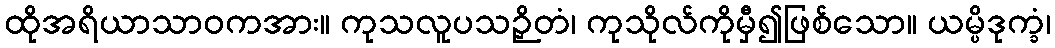
ထိုအရိယာသာဝကအား။ ကုသလူပသဉှိတံ၊ ကုသိုလ်ကိုမှီ၍ဖြစ်သော။ ယမ္ပိဒုက္ခံ၊